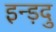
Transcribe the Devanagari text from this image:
इन्ड़दु